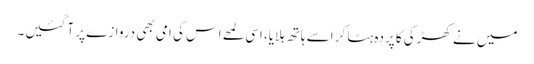
میں نے کھڑکی کا پردہ ہٹا کر اسے ہاتھ ہلایا، اسی لمحے اس کی امی بھی دروازے پر آ گئیں۔